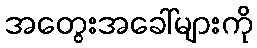
အတွေးအခေါ်များကို